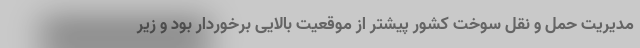
مدیریت حمل و نقل سوخت کشور پیشتر از موقعیت بالایی برخوردار بود و زیر